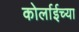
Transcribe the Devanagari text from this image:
कोर्लाईच्या